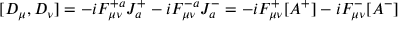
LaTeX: [ D _ { \mu } , D _ { \nu } ] = - i F _ { \mu \nu } ^ { + a } J _ { a } ^ { + } - i F _ { \mu \nu } ^ { - a } J _ { a } ^ { - } = - i F _ { \mu \nu } ^ { + } [ A ^ { + } ] - i F _ { \mu \nu } ^ { - } [ A ^ { - } ]